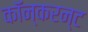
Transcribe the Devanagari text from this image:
कॉन्करन्ट